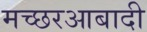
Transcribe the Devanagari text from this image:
मच्छरआबादी